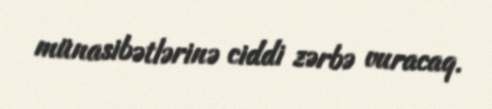
münasibətlərinə ciddi zərbə vuracaq.